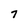
Character: 7